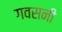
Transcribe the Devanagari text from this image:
गवसनी